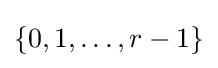
\{0,1,\ldots ,r-1\}